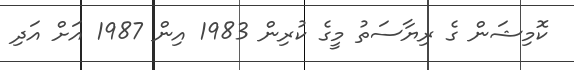
ކޮމިޝަން ގެ ރިޔާސަތު މީގެ ކުރިން 1983 އިން 1987 އަށް އަދި